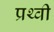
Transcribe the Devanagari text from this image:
प्रथ्‍वी